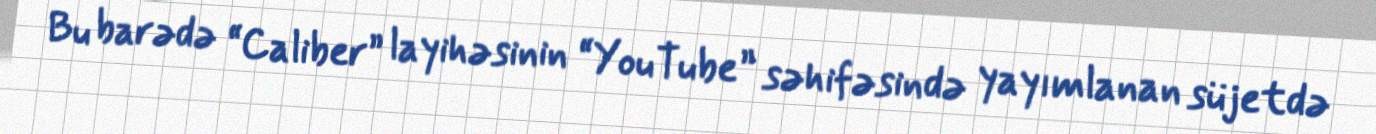
Bu barədə “Caliber” layihəsinin “YouTube” səhifəsində yayımlanan süjetdə